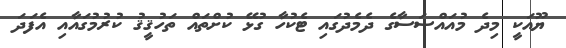
ޔޫއަކީ މިދެ މުއައްސަސާގެ ދެމެދުގައި ޓެކުހާ ގުޅޭ ކުށްތައް ތަހުޤީޤު ކުރުމުގައާއި އެފަދަ